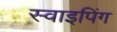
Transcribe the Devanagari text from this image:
स्वाइपिंग